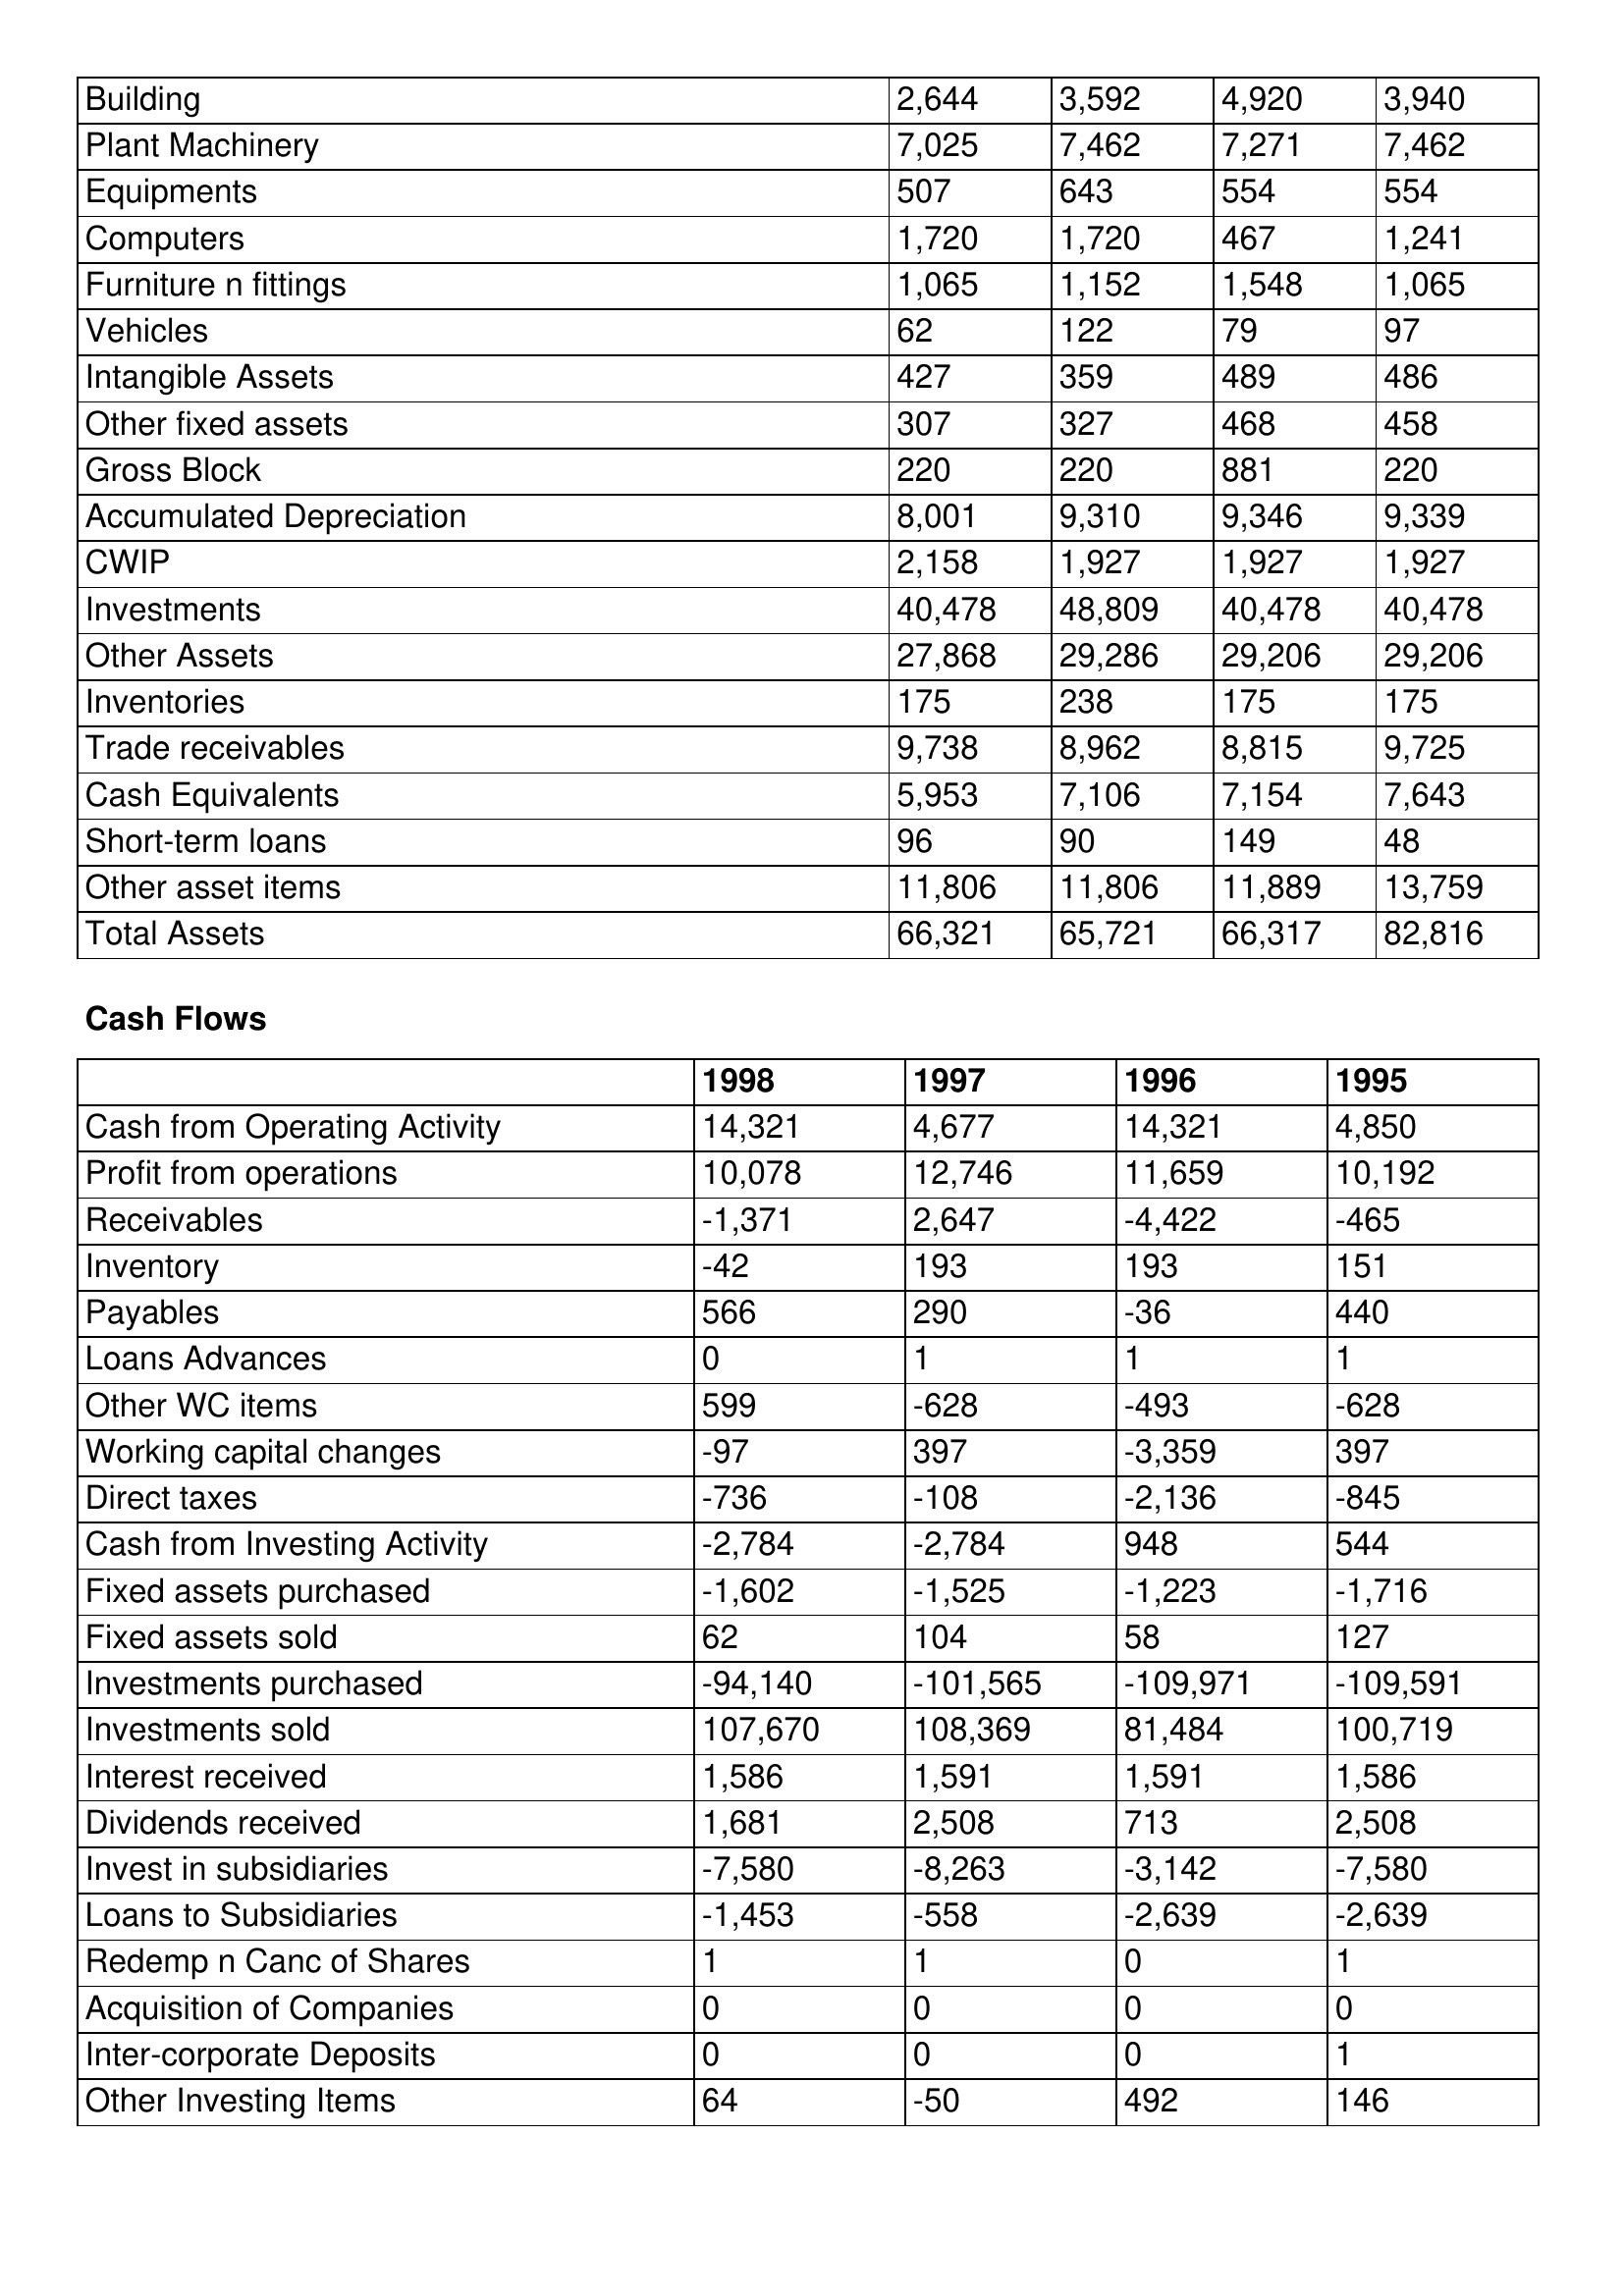
gt_parse: 1998: Balance Sheet: Building: 2,644
Plant Machinery: 7,025
Equipments: 507
Computers: 1,720
Furniture n fittings: 1,065
Vehicles: 62
Intangible Assets: 427
Other fixed assets: 307
Gross Block: 220
Accumulated Depreciation: 8,001
CWIP: 2,158
Investments: 40,478
Other Assets: 27,868
Inventories: 175
Trade receivables: 9,738
Cash Equivalents: 5,953
Short-term loans: 96
Other asset items: 11,806
Total Assets: 66,321
Cash Flows: Cash from Operating Activity: 14,321
Profit from operations: 10,078
Receivables: -1,371
Inventory: -42
Payables: 566
Loans Advances: 0
Other WC items: 599
Working capital changes: -97
Direct taxes: -736
Cash from Investing Activity: -2,784
Fixed assets purchased: -1,602
Fixed assets sold: 62
Investments purchased: -94,140
Investments sold: 107,670
Interest received: 1,586
Dividends received: 1,681
Invest in subsidiaries: -7,580
Loans to Subsidiaries: -1,453
Redemp n Canc of Shares: 1
Acquisition of Companies: 0
Inter-corporate Deposits: 0
Other Investing Items: 64
1997: Balance Sheet: Building: 3,592
Plant Machinery: 7,462
Equipments: 643
Computers: 1,720
Furniture n fittings: 1,152
Vehicles: 122
Intangible Assets: 359
Other fixed assets: 327
Gross Block: 220
Accumulated Depreciation: 9,310
CWIP: 1,927
Investments: 48,809
Other Assets: 29,286
Inventories: 238
Trade receivables: 8,962
Cash Equivalents: 7,106
Short-term loans: 90
Other asset items: 11,806
Total Assets: 65,721
Cash Flows: Cash from Operating Activity: 4,677
Profit from operations: 12,746
Receivables: 2,647
Inventory: 193
Payables: 290
Loans Advances: 1
Other WC items: -628
Working capital changes: 397
Direct taxes: -108
Cash from Investing Activity: -2,784
Fixed assets purchased: -1,525
Fixed assets sold: 104
Investments purchased: -101,565
Investments sold: 108,369
Interest received: 1,591
Dividends received: 2,508
Invest in subsidiaries: -8,263
Loans to Subsidiaries: -558
Redemp n Canc of Shares: 1
Acquisition of Companies: 0
Inter-corporate Deposits: 0
Other Investing Items: -50
1996: Balance Sheet: Building: 4,920
Plant Machinery: 7,271
Equipments: 554
Computers: 467
Furniture n fittings: 1,548
Vehicles: 79
Intangible Assets: 489
Other fixed assets: 468
Gross Block: 881
Accumulated Depreciation: 9,346
CWIP: 1,927
Investments: 40,478
Other Assets: 29,206
Inventories: 175
Trade receivables: 8,815
Cash Equivalents: 7,154
Short-term loans: 149
Other asset items: 11,889
Total Assets: 66,317
Cash Flows: Cash from Operating Activity: 14,321
Profit from operations: 11,659
Receivables: -4,422
Inventory: 193
Payables: -36
Loans Advances: 1
Other WC items: -493
Working capital changes: -3,359
Direct taxes: -2,136
Cash from Investing Activity: 948
Fixed assets purchased: -1,223
Fixed assets sold: 58
Investments purchased: -109,971
Investments sold: 81,484
Interest received: 1,591
Dividends received: 713
Invest in subsidiaries: -3,142
Loans to Subsidiaries: -2,639
Redemp n Canc of Shares: 0
Acquisition of Companies: 0
Inter-corporate Deposits: 0
Other Investing Items: 492
1995: Balance Sheet: Building: 3,940
Plant Machinery: 7,462
Equipments: 554
Computers: 1,241
Furniture n fittings: 1,065
Vehicles: 97
Intangible Assets: 486
Other fixed assets: 458
Gross Block: 220
Accumulated Depreciation: 9,339
CWIP: 1,927
Investments: 40,478
Other Assets: 29,206
Inventories: 175
Trade receivables: 9,725
Cash Equivalents: 7,643
Short-term loans: 48
Other asset items: 13,759
Total Assets: 82,816
Cash Flows: Cash from Operating Activity: 4,850
Profit from operations: 10,192
Receivables: -465
Inventory: 151
Payables: 440
Loans Advances: 1
Other WC items: -628
Working capital changes: 397
Direct taxes: -845
Cash from Investing Activity: 544
Fixed assets purchased: -1,716
Fixed assets sold: 127
Investments purchased: -109,591
Investments sold: 100,719
Interest received: 1,586
Dividends received: 2,508
Invest in subsidiaries: -7,580
Loans to Subsidiaries: -2,639
Redemp n Canc of Shares: 1
Acquisition of Companies: 0
Inter-corporate Deposits: 1
Other Investing Items: 146